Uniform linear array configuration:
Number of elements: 12
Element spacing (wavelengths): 0.75
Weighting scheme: exponential
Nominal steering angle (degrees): -30
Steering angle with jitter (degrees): -31.527
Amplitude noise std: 0.05
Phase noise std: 0.05

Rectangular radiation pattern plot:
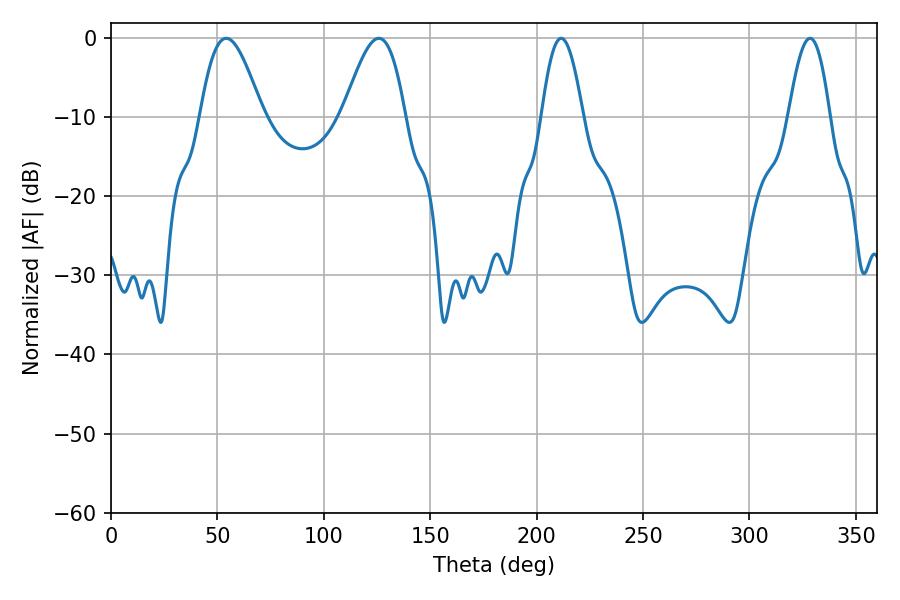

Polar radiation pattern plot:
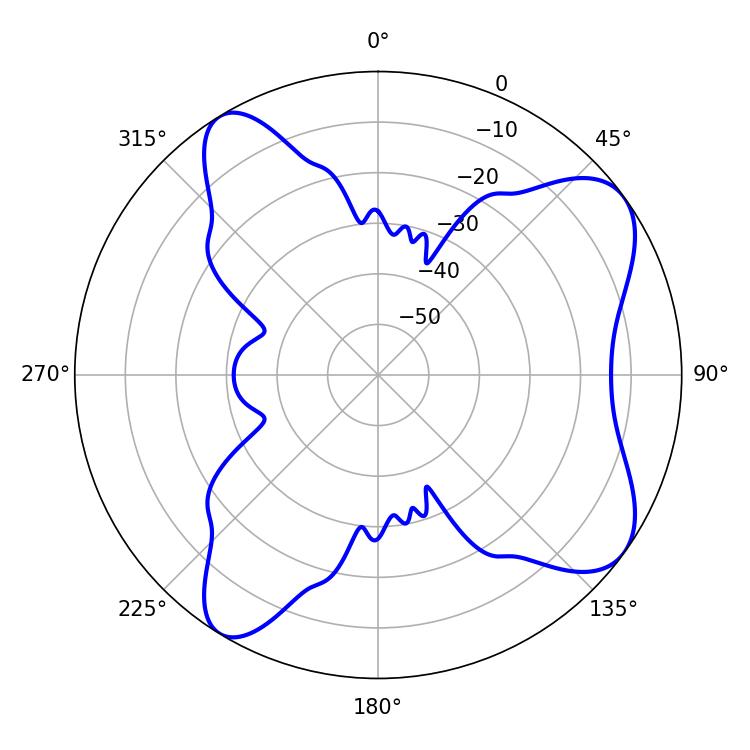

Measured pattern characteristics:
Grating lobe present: TRUE
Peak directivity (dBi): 8.163
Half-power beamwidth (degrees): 10.44
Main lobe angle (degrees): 211.5